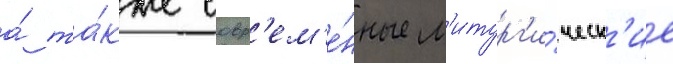
а́ та́кже совр'ем'е́нные л'итург'и́ческ'ие